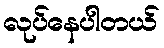
လုပ်နေပါတယ်